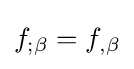
f_{;\beta }=f_{,\beta }